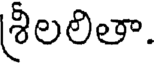
శీలలితా.